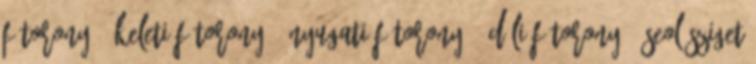
Főtorony --Keleti Főtorony --Nyugati Főtorony --Déli Főtorony --Seol sziget